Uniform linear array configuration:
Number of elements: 4
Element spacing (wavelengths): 0.25
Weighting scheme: hamming
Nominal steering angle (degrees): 60
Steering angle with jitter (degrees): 60.853
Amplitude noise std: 0.05
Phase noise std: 0.05

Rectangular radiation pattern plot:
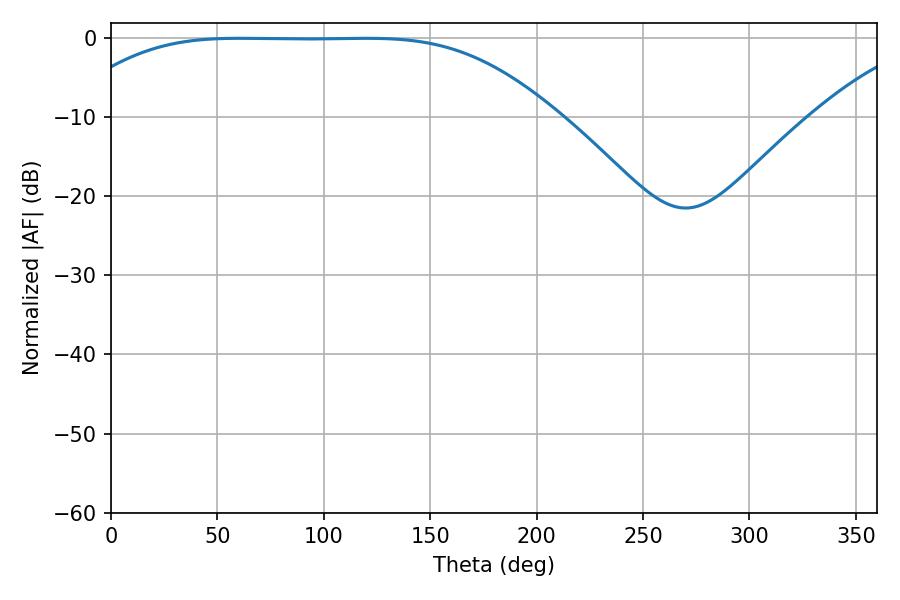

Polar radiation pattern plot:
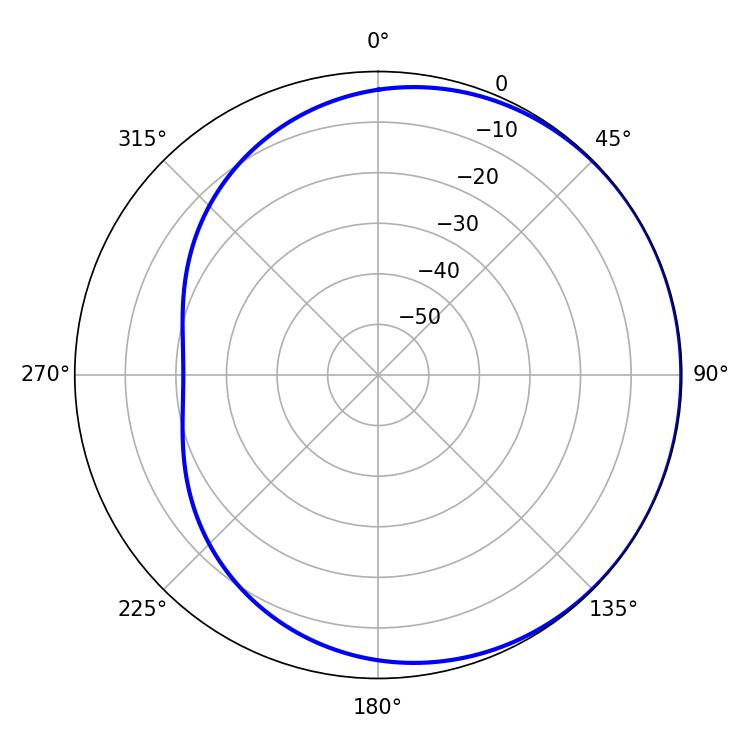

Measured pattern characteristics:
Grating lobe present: FALSE
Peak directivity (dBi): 0.493
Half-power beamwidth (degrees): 171.36
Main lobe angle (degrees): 60.3